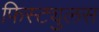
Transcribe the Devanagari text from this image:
फिस्ट्युलस